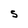
Character: S